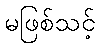
မဖြစ်သင့်